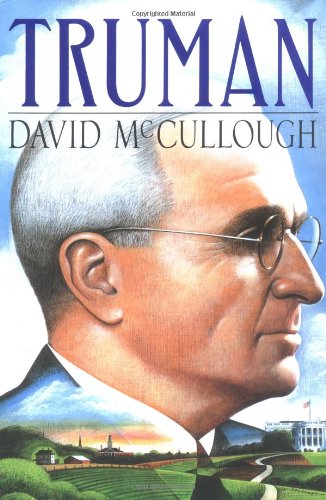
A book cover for Truman; David McCullough; History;